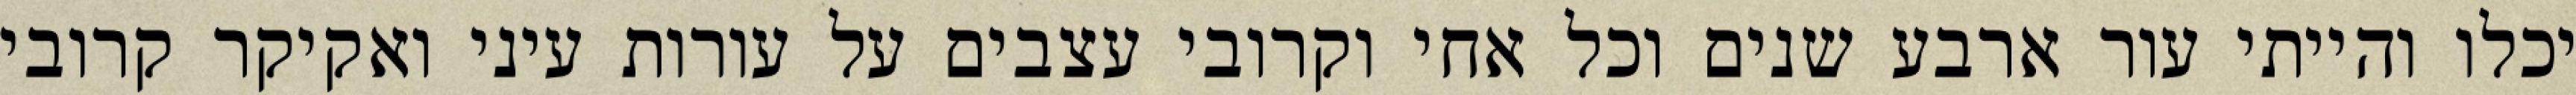
יכלו והייתי עור ארבע שנים וכל אחי וקרובי עצבים על עורות עיני ואקיקר קרובי